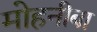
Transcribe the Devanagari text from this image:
मोहनीबा